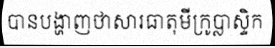
បានបង្ហាញថាសារធាតុមីក្រូប្លាស្ទិក